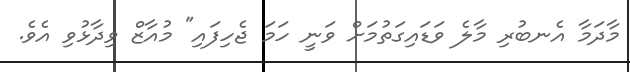
މާދަމާ އެނބުރި މާލެ ވަޑައިގަތުމަށް ވަނީ ހަމަ ޖެހިފައި" މުއާޒް ވިދާޅުވި އެވެ.